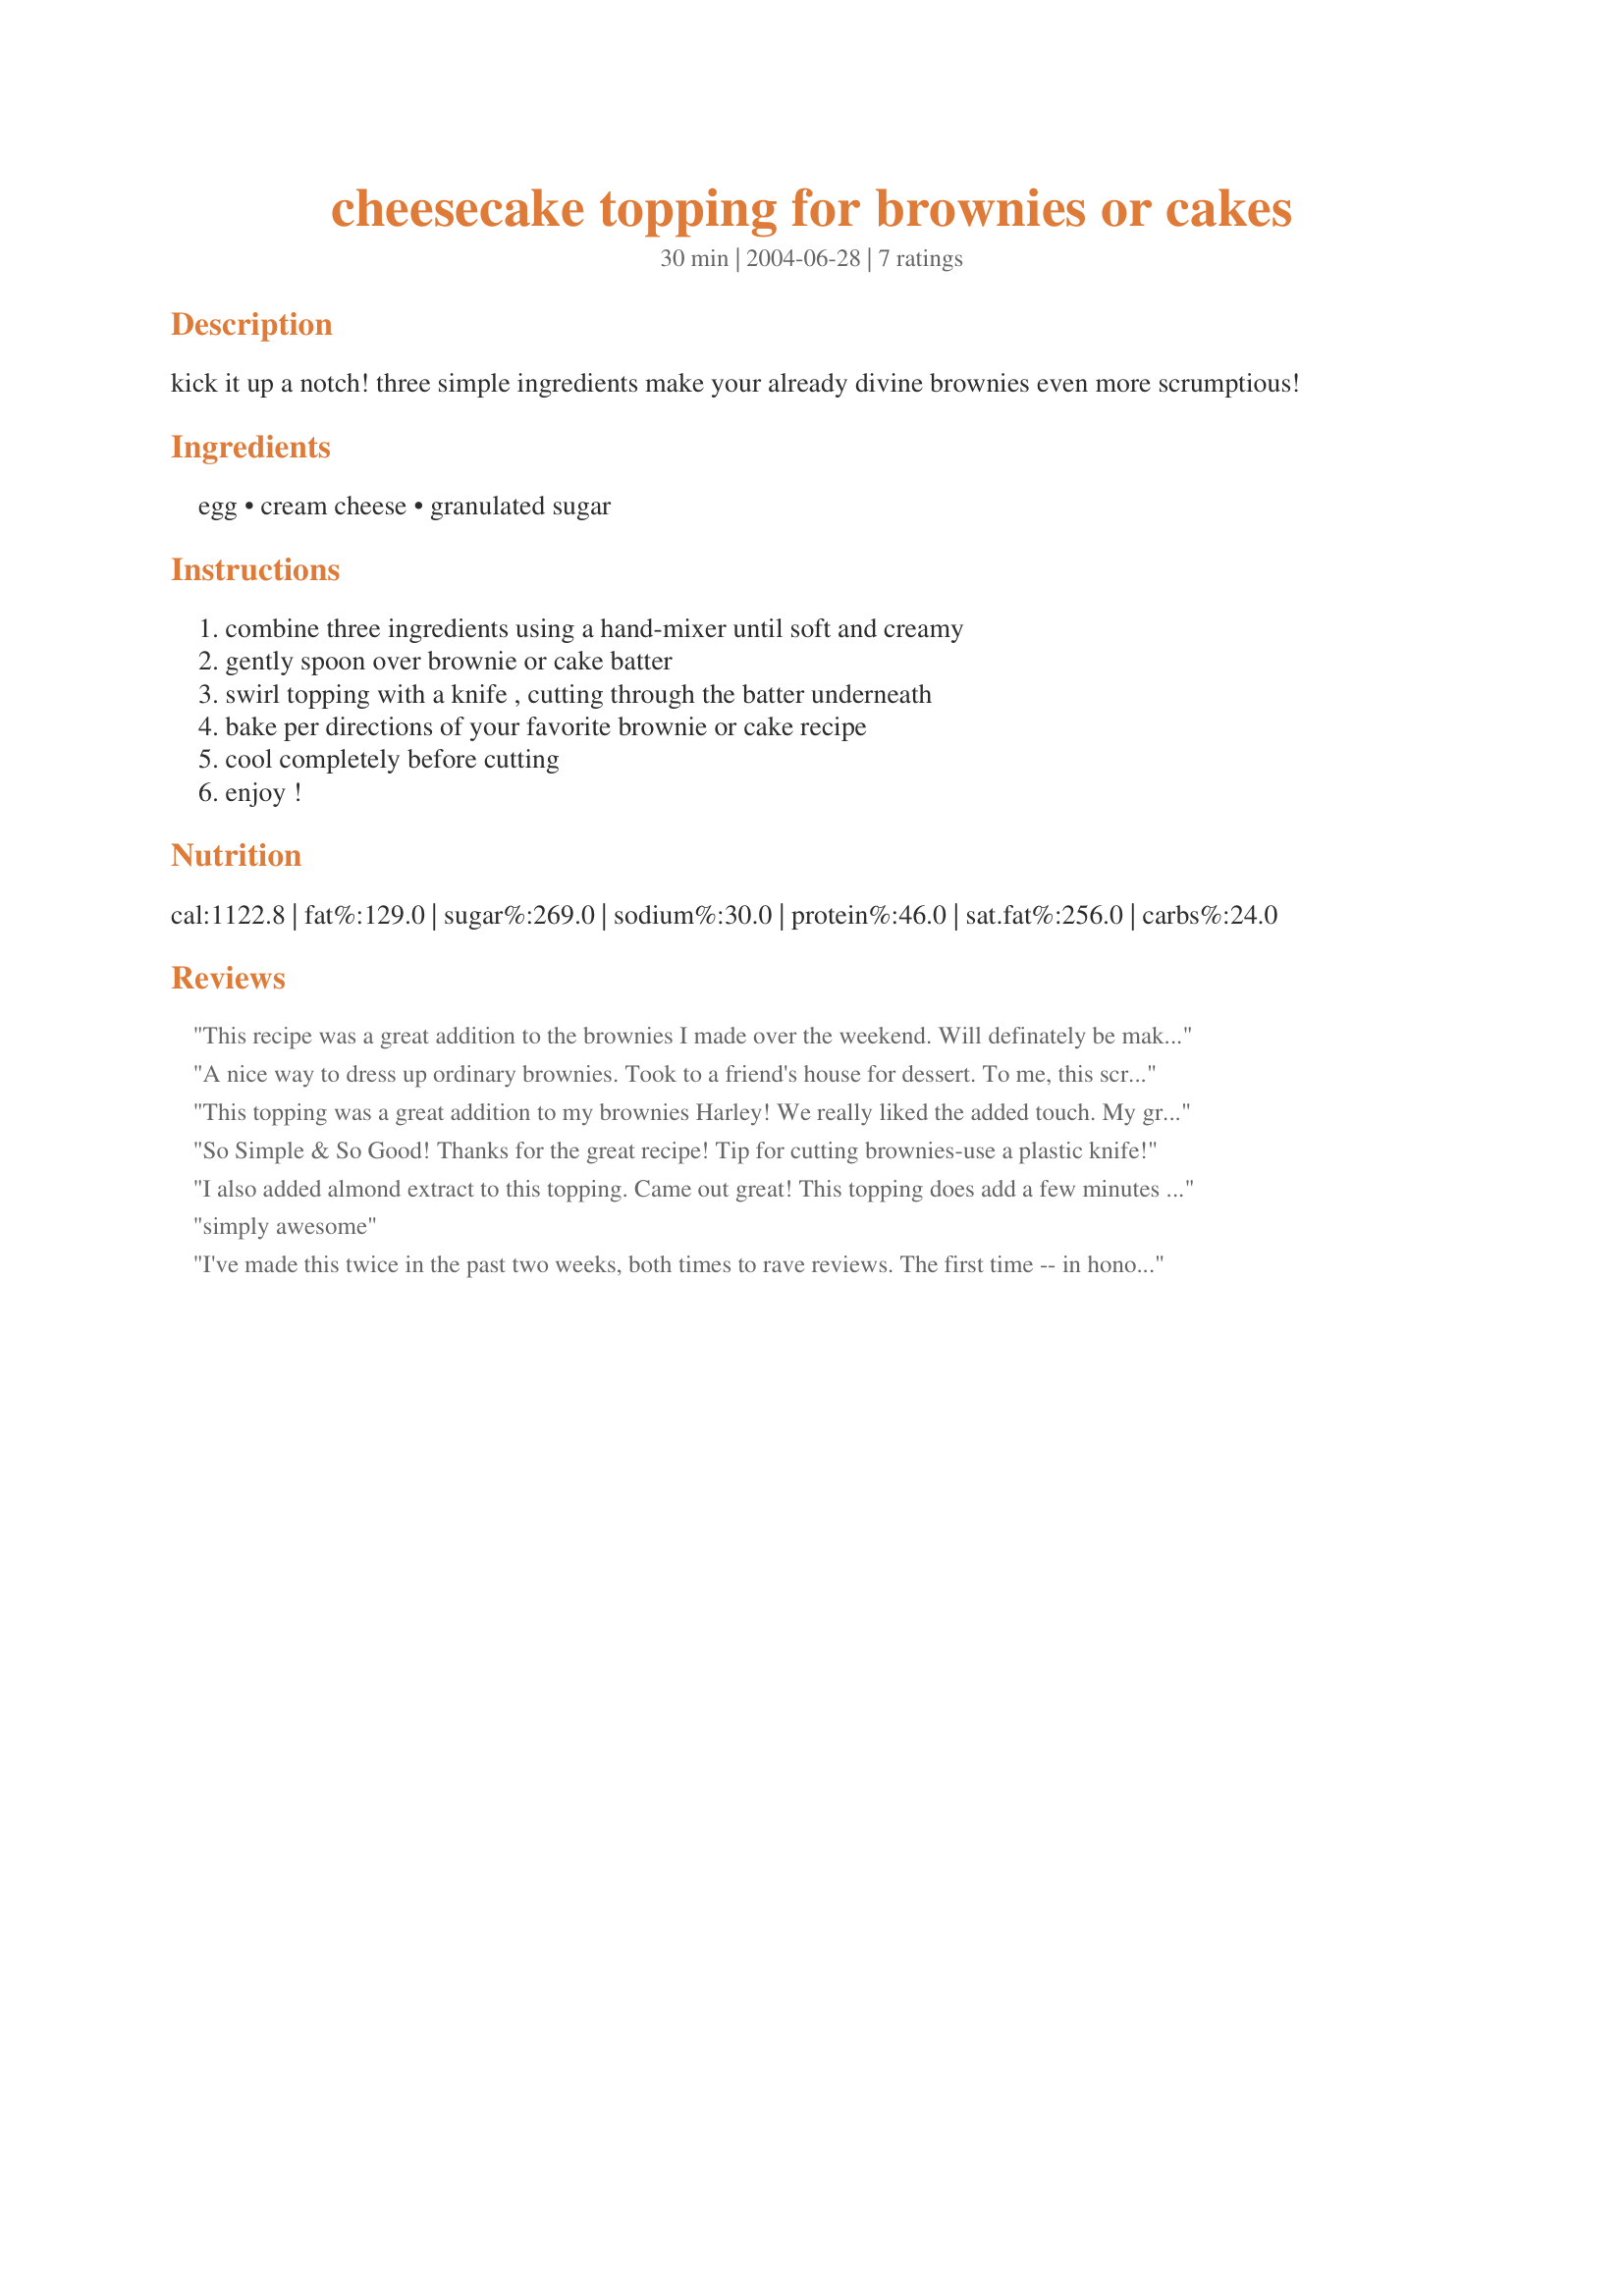
cheesecake topping for brownies or cakes
Preparation time: 30 minutes

kick it up a notch! three simple ingredients make your already divine brownies even more scrumptious!

Ingredients:
egg, cream cheese, granulated sugar

Steps:
combine three ingredients using a hand-mixer until soft and creamy, gently spoon over brownie or cake batter, swirl topping with a knife , cutting through the batter underneath, bake per directions of your favorite brownie or cake recipe, cool completely before cutting, enjoy !

Reviews:
This recipe was a great addition to the brownies I made over the weekend. Will definately be making these again in the future! Thanks for posting the recipe.
A nice way to dress up ordinary brownies. Took to a friend's house for dessert. To me, this screams for a strawberry-ish topping - may do that next time.
This topping was a great addition to my brownies Harley! We really liked the added touch. My grandchildren were picking off the topping with their finger and licking it saying, "MMMMMMMMmmmm, good na na"! I guess that says it all!
So Simple & So Good! Thanks for the great recipe!
Tip for cutting brownies-use a plastic knife!
I also added almond extract to this topping. Came out great! This topping does add a few minutes baking time to my favorite brownie recipe.
simply awesome
I've made this twice in the past two weeks, both times to rave reviews. The first time -- in honor of St. Pat's Day -- I tinted it by adding a drop or two of green food coloring, and it made a *very* pretty contrast to the dark chocolate brownies (and would be great when paired with mint-flavored brownies!). The second time, I kept it plain, but added about 1/8 teaspoon of almond extract to the topping to further bring out the nutty flavor of that batch of brownies. Again, fantastic! My fiance and our roomie both love cream cheese, so this has become our new favorite brownie topping. It's heavenly paired with Recipe #32204 -- really decadent and yummy! Thanks for sharing!
